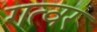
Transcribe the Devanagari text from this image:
गत्वर